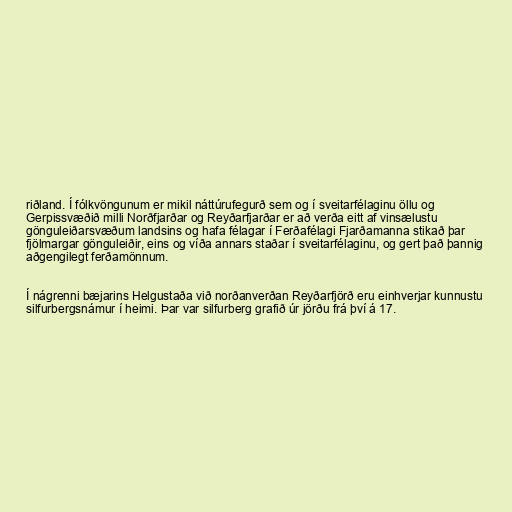
riðland. Í fólkvöngunum er mikil náttúrufegurð sem og í sveitarfélaginu öllu og
Gerpissvæðið milli Norðfjarðar og Reyðarfjarðar er að verða eitt af vinsælustu
gönguleiðarsvæðum landsins og hafa félagar í Ferðafélagi Fjarðamanna stikað þar
fjölmargar gönguleiðir, eins og víða annars staðar í sveitarfélaginu, og gert það þannig
aðgengilegt ferðamönnum.

Í nágrenni bæjarins Helgustaða við norðanverðan Reyðarfjörð eru einhverjar kunnustu
silfurbergsnámur í heimi. Þar var silfurberg grafið úr jörðu frá því á 17.